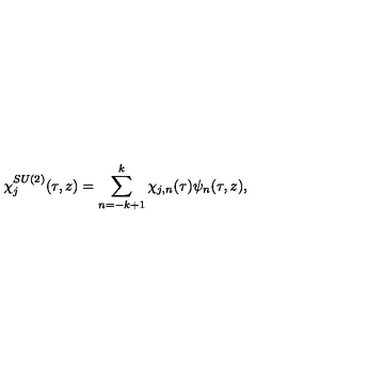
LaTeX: \chi _ { j } ^ { S U ( 2 ) } ( \tau , z ) = \sum _ { n = - k + 1 } ^ { k } \chi _ { j , n } ( \tau ) \psi _ { n } ( \tau , z ) ,